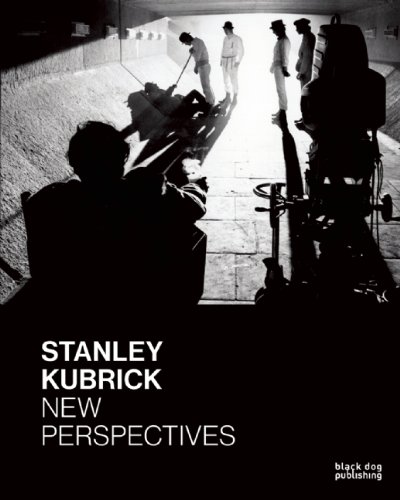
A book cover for Stanley Kubrick: New Perspectives; Humor & Entertainment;